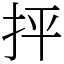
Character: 抨